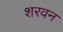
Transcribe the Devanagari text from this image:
शरवन